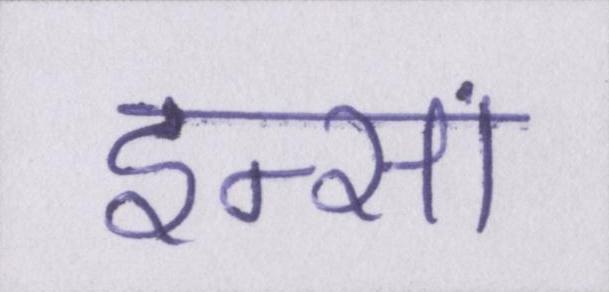
इन्सां